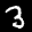
Label: 3